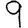
Digit: 9